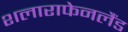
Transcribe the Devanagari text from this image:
शलाराफेनलैंड